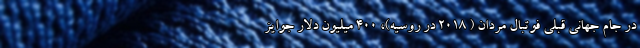
در جام جهانی قبلی فوتبال مردان ( 2018 در روسیه)، 400 میلیون دلار جوایز